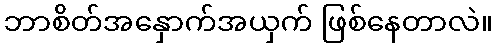
ဘာစိတ်အနှောက်အယှက် ဖြစ်နေတာလဲ။